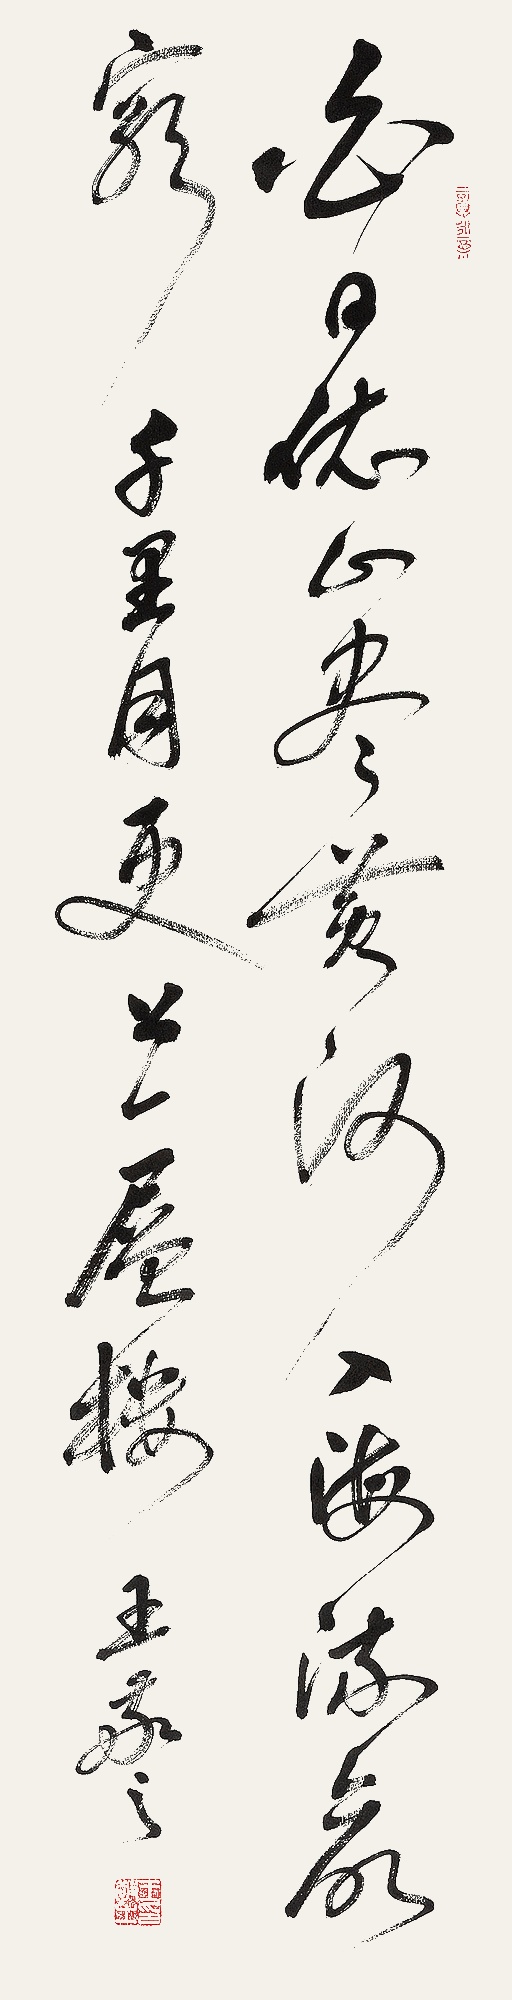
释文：白日依山尽，黄河入海流。欲穷千里目，更上一层楼。王敬之。